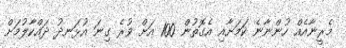
މެރީނާއެއް ހުންނާނެ ކަމަށާއި އެގޮތުން 100 އަށް ވުރެ ގިނަ އުޅަނދު ދައްކާލުމަށް